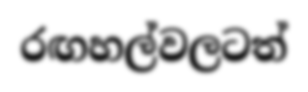
රඟහල්වලටත්